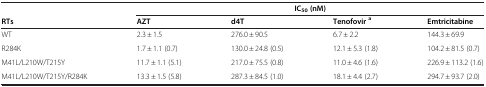
|  | <COLSPAN=4> IC50(nM) |
 | RTs | AZT | d4T | Tenofovira | Emtricitabine |
 | --- | --- | --- | --- | --- |
 | WT | 2.3 ± 1.5 | 276.0 ± 90.5 | 6.7 ± 2.2 | 144.3 ± 69.9 |
 | R284K | 1.7 ± 1.1 (0.7) | 130.0 ± 24.8 (0.5) | 12.1 ± 5.3 (1.8) | 104.2 ± 81.5 (0.7) |
 | M41L/L210W/T215Y | 11.7 ± 1.1 (5.1) | 217.0 ± 75.5 (0.8) | 11.0 ± 4.6 (1.6) | 226.9 ± 113.2 (1.6) |
 | M41L/L210W/T215Y/R284K | 13.3 ± 1.5 (5.8) | 287.3 ± 84.5 (1.0) | 18.1 ± 4.4 (2.7) | 294.7 ± 93.7 (2.0) |